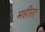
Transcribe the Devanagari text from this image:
महीरा